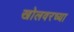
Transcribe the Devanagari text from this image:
खोलवरच्या